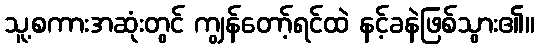
သူ့စကားအဆုံးတွင် ကျွန်တော့်ရင်ထဲ နင့်ခနဲဖြစ်သွား၏။